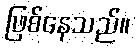
ဖြစ်နေသည်။